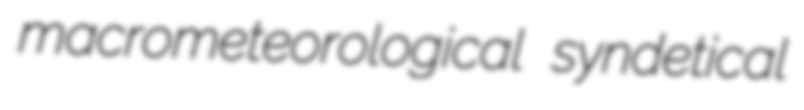
macrometeorological syndetical